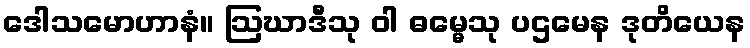
ဒေါသမောဟာနံ။ ဩဃာဒီသု ဝါ ဓမ္မေသု ပဌမေန ဒုတိယေန